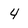
Character: 4